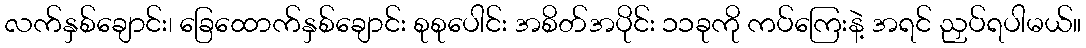
လက်နှစ်ချောင်း၊ ခြေထောက်နှစ်ချောင်း စုစုပေါင်း အစိတ်အပိုင်း ၁၁ခုကို ကပ်ကြေးနဲ့ အရင် ညှပ်ရပါမယ်။